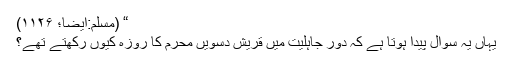
“ (مسلم:ایضاً؛ ۱۱۲۶)
یہاں یہ سوال پیدا ہوتا ہے کہ دورِ جاہلیت میں قریش دسویں محرم کا روزہ کیوں رکھتے تھے؟